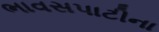
ભાવસપાટીના